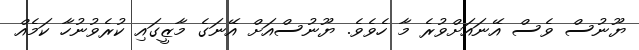
ޔޫނުސް ވެސް އޭނައަށްވުރެ މާ ހެވެވެ. ޔޫނުސްއަށް އޭނަގެ މާޒީގައި ކުރެވުނުހާ ކަމެއް